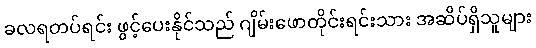
ခလရတပ်ရင်း ဖွင့်ပေးနိုင်သည် ဂျိမ်းဖောတိုင်းရင်းသား အဆိပ်ရှိသူများ